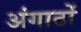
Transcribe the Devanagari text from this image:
अंगाठों